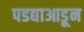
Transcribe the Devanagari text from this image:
पडद्याआडून